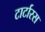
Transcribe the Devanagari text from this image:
टार्टारस